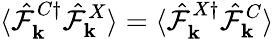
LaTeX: \langle\hat{\mathcal{F}}_{{\mathbf k}}^{C\dagger}\hat{\mathcal{F}}_{{\mathbf k}}^{X}\rangle=\langle\hat{\mathcal{F}}_{{\mathbf k}}^{X\dagger}\hat{\mathcal{F}}_{{\mathbf k}}^{C}\rangle